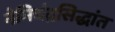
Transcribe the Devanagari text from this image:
नेमिचंद्रसिद्धांत